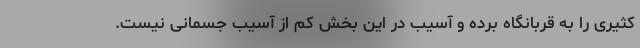
کثیری را به قربانگاه برده و آسیب در این بخش کم از آسیب جسمانی نیست.